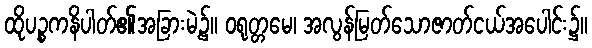
ထိုပဉ္စကနိပါတ်၏အခြားမဲ့၌။ ဝရုတ္တမေ၊ အလွန်မြတ်သောဇာတ်ငယ်အပေါင်း၌။